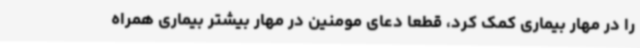
را در مهار بیماری کمک کرد، قطعا دعای مومنین در مهار بیشتر بیماری همراه